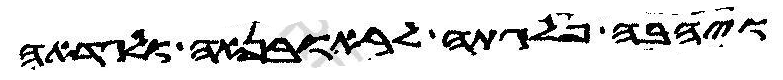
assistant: ויהבה פלגתה לראובנאה ולגדאה